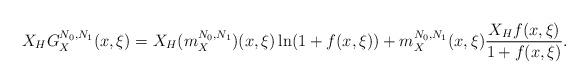
LaTeX: \begin{align*} X_HG_X^{N_0,N_1}(x,\xi)=X_H(m_{X}^{N_0,N_1})(x,\xi)\ln(1+f(x,\xi))+m_{X}^{N_0,N_1}(x,\xi)\frac{X_Hf(x,\xi)}{1+f(x,\xi)}.\end{align*}